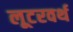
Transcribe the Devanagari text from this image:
लूटरवर्थ